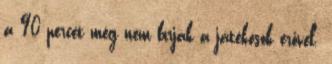
a 90 percet még nem bírják a játékosok erővel.